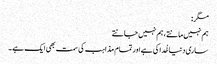
مگر:
ہم نہیں مانتے ، ہم نہیں جانتے
ساری دنیا خُدا کی ہے اور تمام مذاہب کی سمت بھی ایک ہے ۔